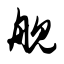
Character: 舰